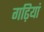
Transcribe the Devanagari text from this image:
गढ़ियां